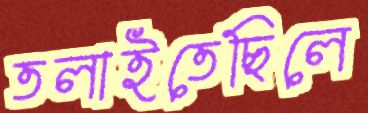
তলাইতেছিলে